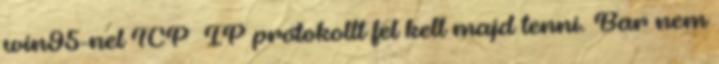
win95-nel TCP IP protokollt fel kell majd tenni. Bar nem